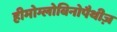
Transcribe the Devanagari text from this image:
हीमोग्लोबिनोपैथीज़